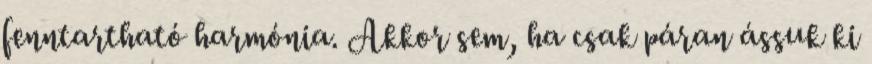
fenntartható harmónia. Akkor sem, ha csak páran ássuk ki